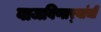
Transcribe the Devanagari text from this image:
वाजविणार्‍यांची